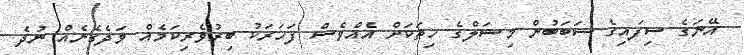
އޭނަގެ ސިފައިގެ ސަބަބުން މިޝަލްގެ ހިތަކަށް އެއްވެސް ފަހަރަކު ބިރުވެރިކަމެއް ވަދެގެނެއް ނުދެ